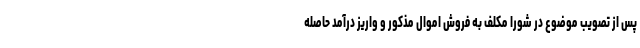
پس از تصویب موضوع در شورا مکلف به فروش اموال مذکور و واریز درآمد حاصله